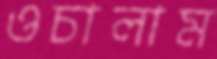
ওচালাম